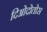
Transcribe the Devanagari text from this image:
दिओदोतोस